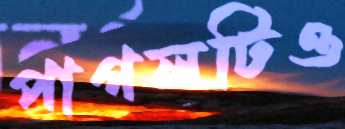
পাগলটিও